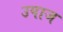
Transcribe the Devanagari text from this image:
उपाज